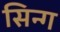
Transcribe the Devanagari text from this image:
सिन्ग